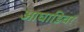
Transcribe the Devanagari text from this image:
आघाडिवर